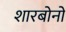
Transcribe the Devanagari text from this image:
शारबोनों